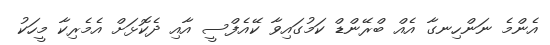
އެންމެ ނަންހިނގާ އެއް ބްރޭންޑް ކަމުގައިވާ ކޭއެފްސީ އާއި ދެކޮޅަށް އެމެރިކާ މީހަކު